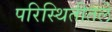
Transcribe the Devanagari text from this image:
परिस्थितीतले